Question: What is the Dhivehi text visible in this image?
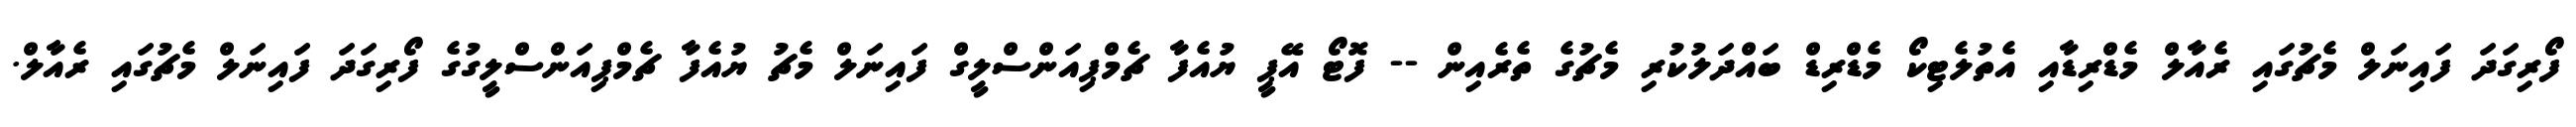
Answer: ފޯރިގަދަ ފައިނަލް މެޗުގައި ރެއާލް މެޑްރިޑާއި އެތުލެޓިކޯ މެޑްރިޑް ބައްދަލުކުރި މެޗުގެ ތެރެއިން -- ފޮޓޯ އޭޕީ ޔުއެފާ ޗެމްޕިއަންސްލީގް ފައިނަލް މެޗު ޔުއެފާ ޗެމްޕިއަންސްލީގުގެ ފޯރިގަދަ ފައިނަލް މެޗުގައި ރެއާލް.